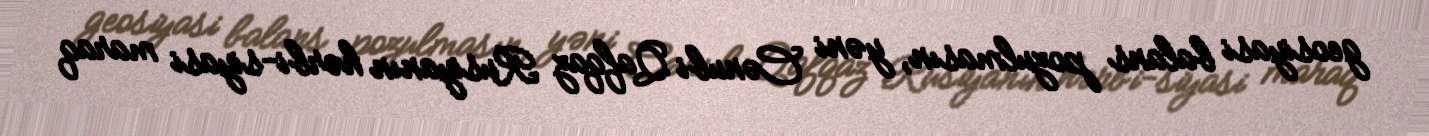
geosiyasi balans pozulmasın, yəni Cənubi Qafqaz Rusiyanın hərbi-siyasi maraq